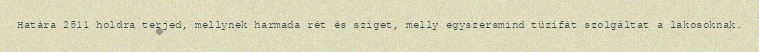
Határa 2511 holdra terjed, mellynek harmada rét és sziget, melly egyszersmind tüzifát szolgáltat a lakosoknak.